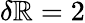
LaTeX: \delta\mathbb{R}=2